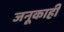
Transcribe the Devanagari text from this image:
जनूकाही